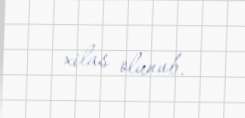
xilas olunub.